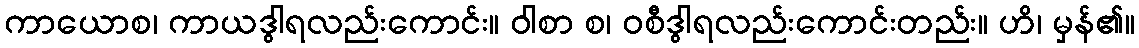
ကာယောစ၊ ကာယဒွါရလည်းကောင်း။ ဝါစာ စ၊ ဝစီဒွါရလည်းကောင်းတည်း။ ဟိ၊ မှန်၏။